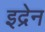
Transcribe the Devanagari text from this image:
इद्रेन